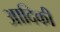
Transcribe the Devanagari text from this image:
आदिकी